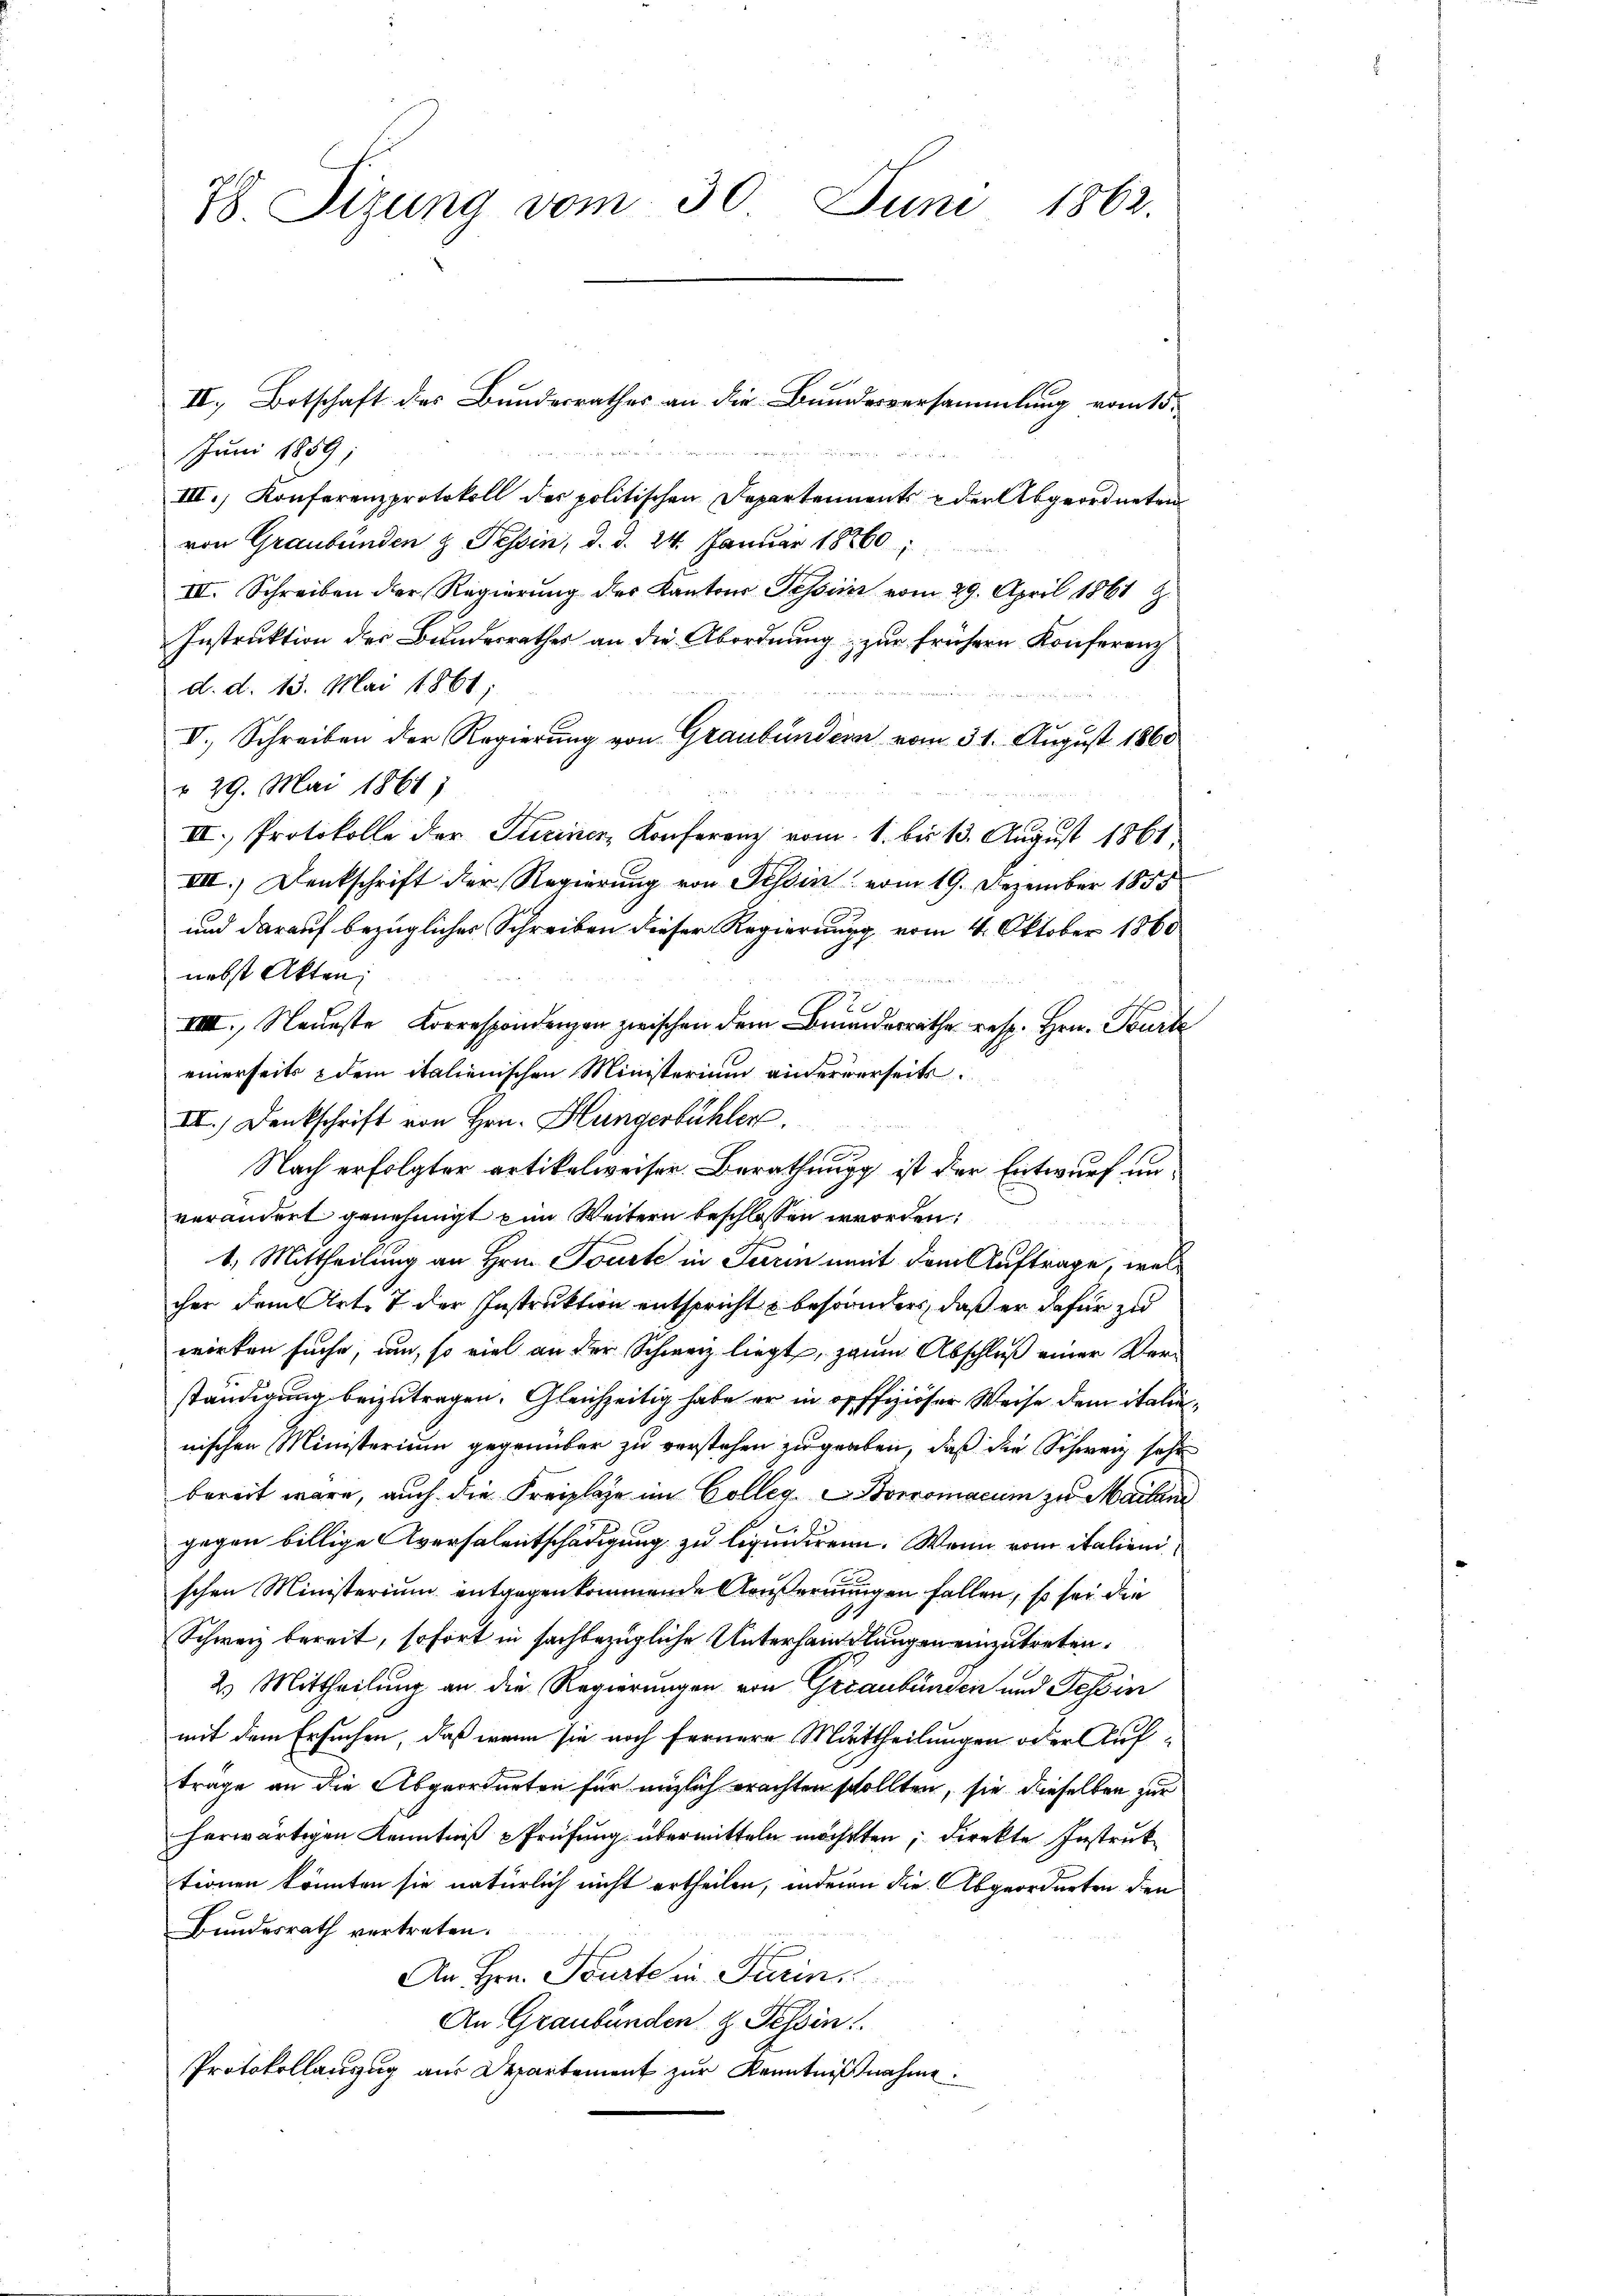
78. Sizung vom 30. Juni 1862.

Fr. die
Juni 1889
III. Konferenzprotokoll der politischen Departements der Abgeordneten
von Graubünden & Tessin, d. d. 24. Januar 18860;
III. Schreiben der Regierung des Kantons Tessiner vom 29. April 1861 Z.
Instruktion des Bundesrathes an die Abordnung zur frühern Konferenz
d. d. 13. Mai 1861;
V., Schreiben der Regierung von Graubünden vom 31. August 1860
r 29. Mai 1861)
III. Protokolle der Turiner Konferenz vom 1. bis 13. August 1861
VIII.) Denkschrift der Regierung von Tessin vom 19. Dezember 1855
und darauf bezüglicher Schreiben dieser Regierung vom 4. Oktober 1860
nebst Akten;
VIII., Neueste Korrespondenzen zwischen dem Bruderrathe resp. Hrn. Beurte
einerseits & dem italienischen Ministerium anderverseits
II.) Denkschrift von Hrn. Hungerbühler.
e
Nach erfolgter artikelweiser. Berathung ist der Entwurf unverändert genehmigt zum Weitern beschlossen worden:
1. Mittheilung an Hrn. Toute in Turin mit dem Auftrage, welcher dem Art. 7 der Instruktion entspricht u besonders, daß er dafür zu
worten suche, um, so viel an der Schweiz liegt, zum Abschluß einer Verständigung beizutragen. Gleichzeitig habe er in offiziöser Weise dem italie
nischen Ministerium gegenüber zu verstehen zu graben, daß die Schweiz sehr
bereit wäre, auch die Freilage im Colleg, Boromacum zu Mailan
gegen billige Aversalentschädigung zu liquidiren. Wann von italienischen Ministerium entgegenkommende Anfernungen fallen, so sei die
Schweiz bereit, sofort in sachbezügliche Unterhandlungen einzutreten.
2) Mittheilung an die Regierungen von Graubünden und Tessin
mit dem Ersuchen, daß wenn sie noch fernere Mittheilungen oder Aufträge an die Abgeordneten für möglich erachten schollten, sie dieselben zur
herwärtigen Kenntniß Prüfung übermitteln möchten, direkte Instruk
tionen könnten sie natürlich nicht ertheilen, inderen die Abgeordneten den
Bundesrath vertreten.
An Hrn. Pruste in Turin
An Graubünden z. Tessin
Protokollanzug aus Departement zur Kenntnißnahme.

II., Botschaft des Bundesrathes an die Bundesversammlung vom 15.